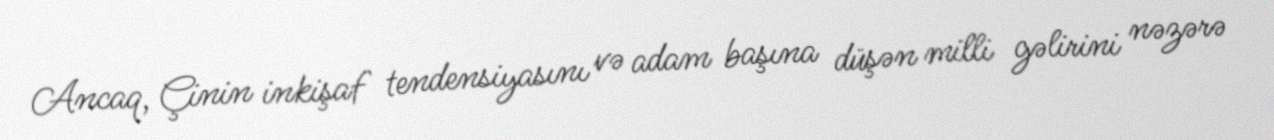
Ancaq, Çinin inkişaf tendensiyasını və adam başına düşən milli gəlirini nəzərə